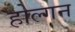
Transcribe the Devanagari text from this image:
होल्गन